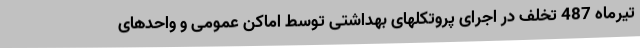
تیرماه 487 تخلف در اجرای پروتکلهای بهداشتی توسط اماکن عمومی و واحدهای